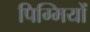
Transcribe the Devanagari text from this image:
पिग्मियों